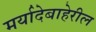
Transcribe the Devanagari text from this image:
मर्यादेबाहेरील